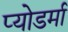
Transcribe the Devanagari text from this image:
प्योडर्मा